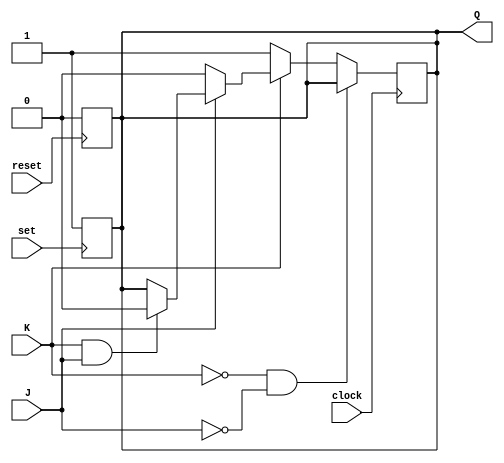


module JK_FF(   output reg Q,
                input wire J, K,
                input wire clock, reset, set
);

reg Q_Bar;
reg en;

initial begin
	en = 1;
    Q = 1;
    Q_Bar = 0;
end

always @(posedge set) begin
    Q = 1;
    Q_Bar = 0;
end

always @(posedge reset) begin
    Q = 0;
    Q_Bar = 1;
end

always @ (posedge clock) begin
    if(en) begin
        if(K == 0 & J == 0) begin
            Q <= Q;
            Q_Bar <= Q_Bar;
        end
        else if (K == 0) begin
            Q <= 1;
            Q_Bar <= 0;
        end
        else if (J == 0) begin
            Q <= 0;
            Q_Bar <= 1;
        end
        else if (K == 1 & J == 1) begin
            Q <= Q_Bar;
            Q_Bar <= Q;
        end
    end
end

endmodule